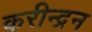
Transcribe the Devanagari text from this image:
करीन्द्रन